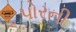
પોરની